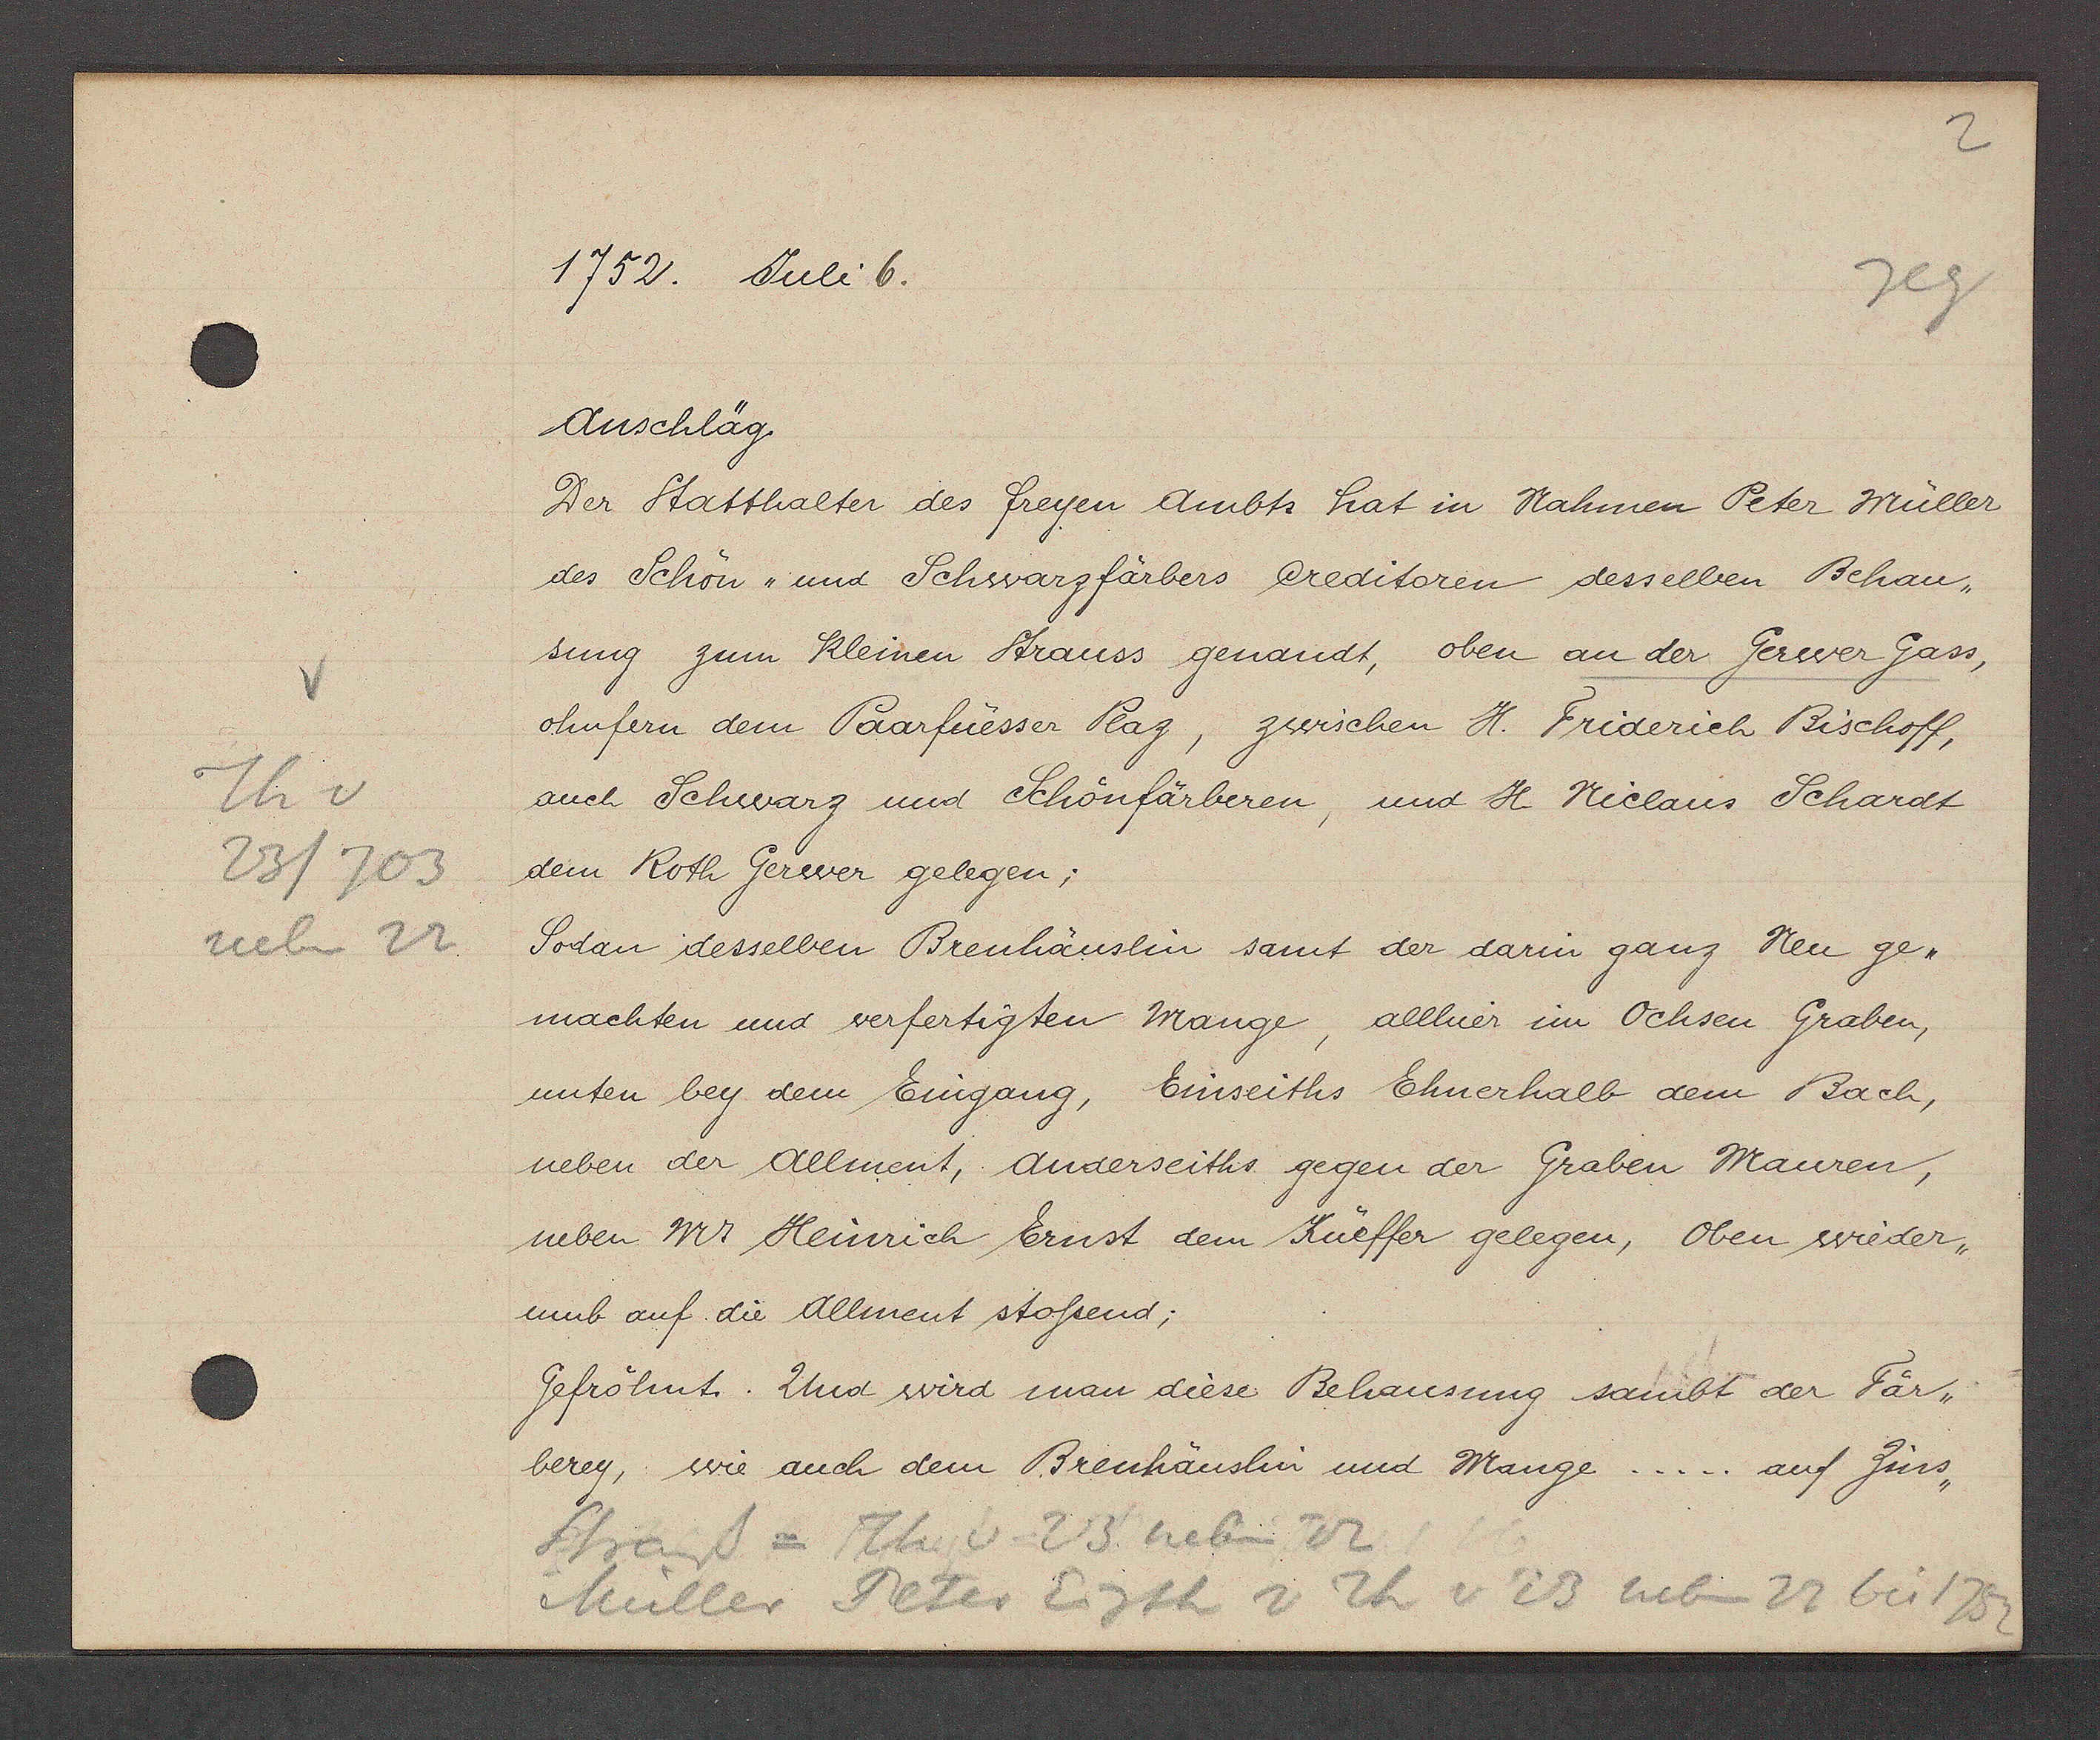
Transcript:
Th v
23/703
neben 22

1752. Juli 6.

Anschläg.
Der Statthalter des freyen Ambts hat in Nahmen Peter Müller
des Schön und Schwarzfärbers Creditoren desselben Behau¬

sung zum Kleinen Strauss genandt, oben an der Gerwer gass,
ohnfern dem Paarfüesser Plaz, zwischen H. Friderich Bischoff,
auch Schwarz und Schönfärberen, und H. Niclaus Schardt
dem Roth Gerwer gelegen;
Sodan desselben Breuhäuslin samt der darin ganz Neu ge¬
machten und verfertigten Mange, allhier im Ochsen Graben,

unten bey dem Eingang, Einseiths Ehnerhalb dem Bach,
neben der Allment, Anderseiths gegen der Graben Mauren,
neben Mr Heinrich Ernst dem Küeffer gelegen, oben wieder¬
umb auf die Allment stossend;
Gefröhnt. Und wird man diese Behausung sanbt der Fär¬
berey, wie auch dem Breuhäuslin und Mange.... auf Zins

Strauss = Th v. 23 neben 22
Müller Peter Eigth v Th v 23 neben 22 bis 1752